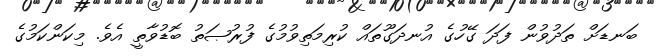
ބަނޑަށް ތަދުވުން ފަދަ ގޭހުގެ އުނދަގޫތައް ކުރިމަތިވުމުގެ ފުރުޞަތު ބޮޑުވާތީ އެވެ. މިކަންކަމުގެ